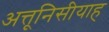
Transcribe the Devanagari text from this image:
अत्तूनिसीयाह